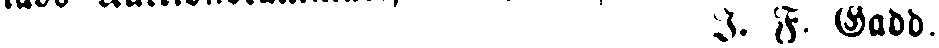
I. F. Gadd.